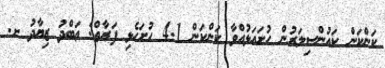
ކަންކަން ކައުންސިލަރުން ހުށައަޅުއްވާ ކަންކަން 4.1 ހުށަހެޅި ފަރާތް: ޢަބްދު ޒިޔާދު ށ.